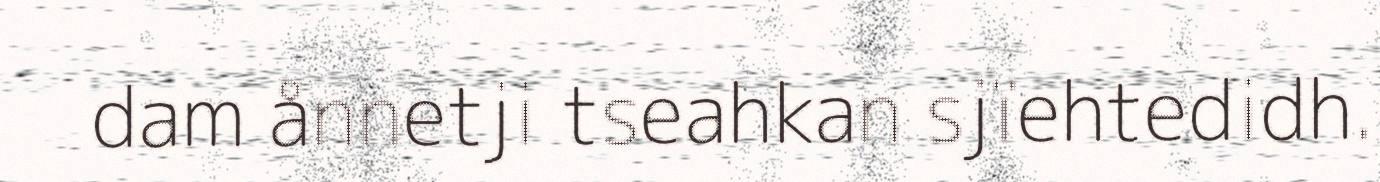
dam ånnetji tseahkan sjïehtedidh.